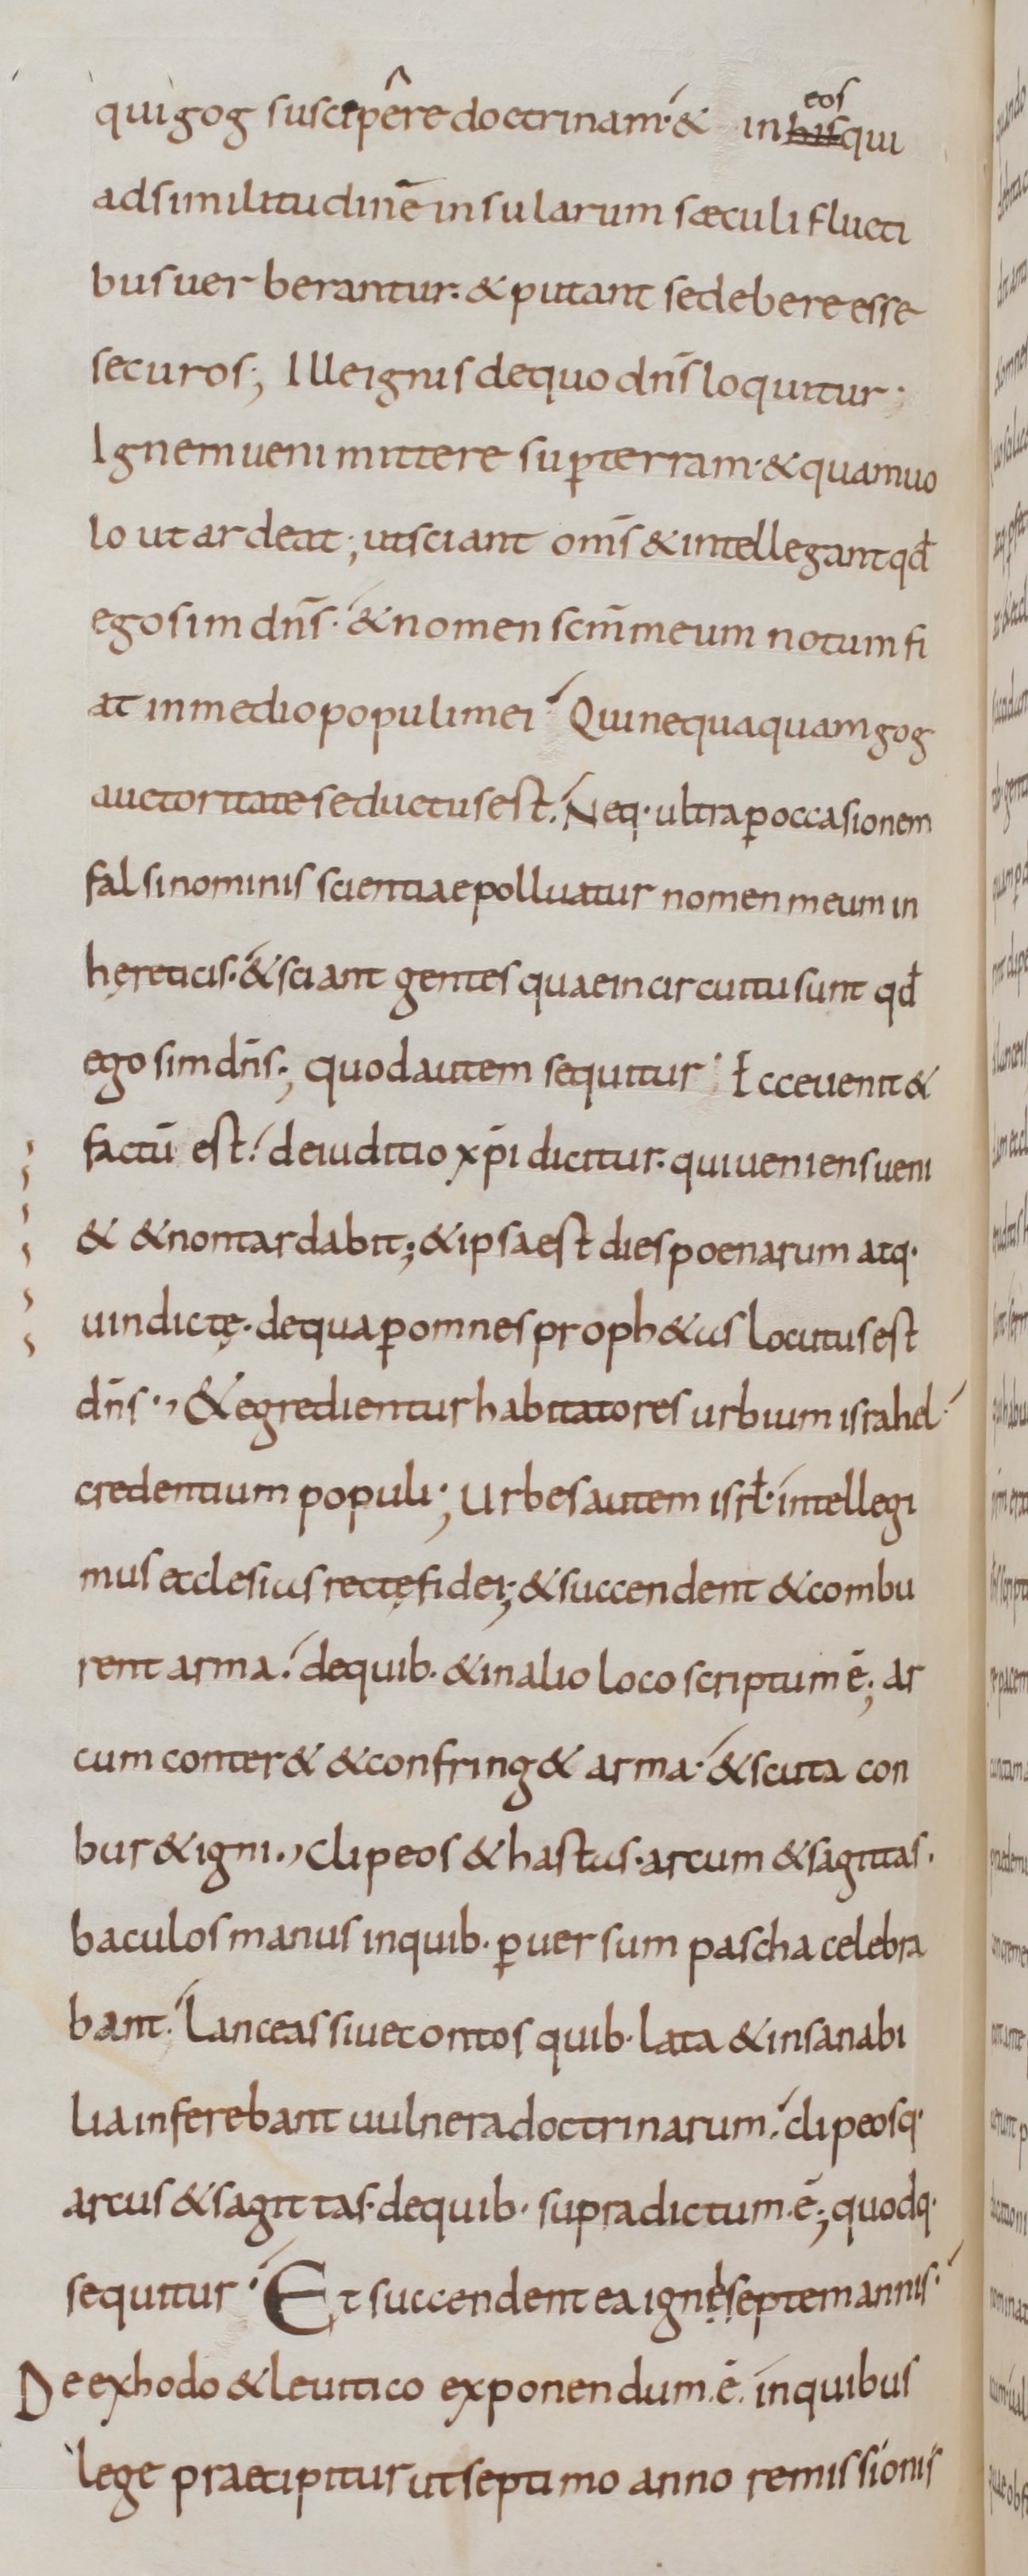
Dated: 800–899